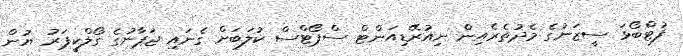
ފުޓްބޯޅަ ސީޒަނުގެ މެދުތެރެއިން ނިއުރޭޑިއަންޓް ސްޕޯޓްސް ކުލަބަށް ގެނައި ޖަޕާނުގެ ގޯލްކީޕަރު ޔުން